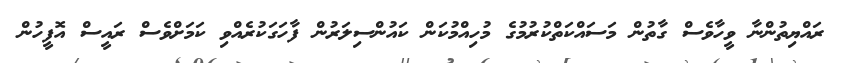
ރައްޔިތުންނާ ވީހާވެސް ގާތުން މަސައްކަތްކުރުމުގެ މުހިއްމުކަން ކައުންސިލަރުން ފާހަގަކުރެއްވި ކަމަށްވެސް ރައީސް އޮފީހުން